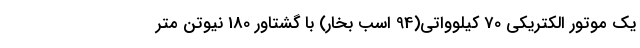
یک موتور الکتریکی 70 کیلوواتی(94 اسب بخار) با گشتاور 180 نیوتن متر